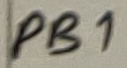
Text: PB1